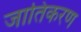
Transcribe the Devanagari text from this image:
जातिकरण